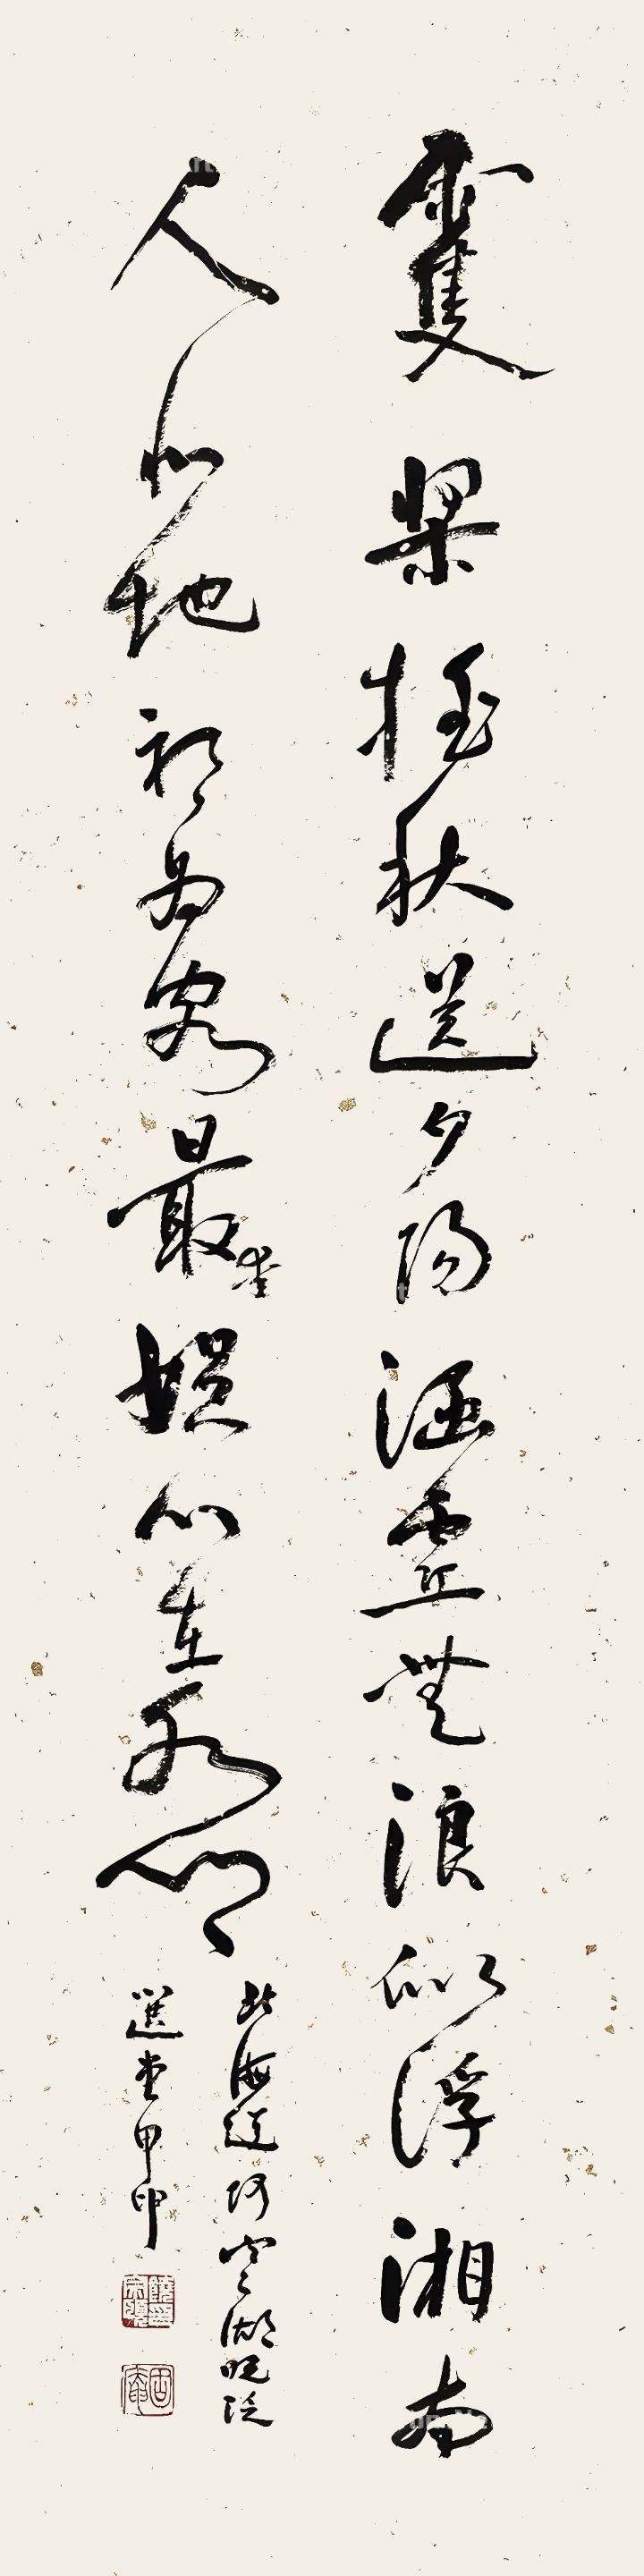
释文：双桨摇秋送夕阳，涵虚无浪似浮湘。南人北地初为客，最爱娱心在水乡。北海道阿寒湖晚泛，选堂甲申。